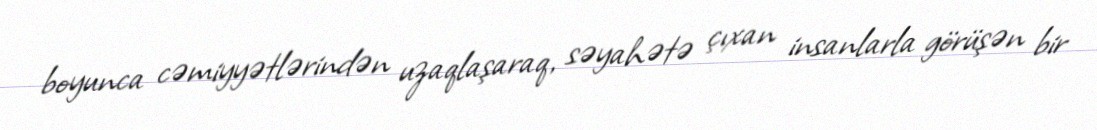
boyunca cəmiyyətlərindən uzaqlaşaraq, səyahətə çıxan insanlarla görüşən bir